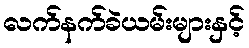
လက်နက်ခဲယမ်းများနှင့်